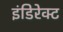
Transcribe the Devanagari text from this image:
इंडिरेक्ट